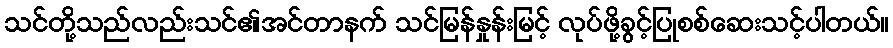
သင်တို့သည်လည်းသင်၏အင်တာနက် သင်မြန်နှုန်းမြင့် လုပ်ဖို့ခွင့်ပြုစစ်ဆေးသင့်ပါတယ်။